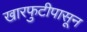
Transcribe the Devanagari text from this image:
खारफुटीपासून